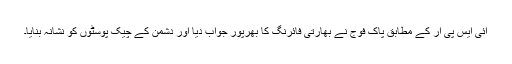
آئی ایس پی آر کے مطابق پاک فوج نے بھارتی فائرنگ کا بھرپور جواب دیا اور دشمن کے چیک پوسٹوں کو نشانہ بنایا۔